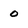
Character: 0